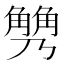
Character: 𧤢